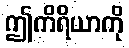
ဤကိရိယာကို